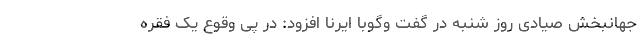
جهانبخش صیادی روز شنبه در گفت وگوبا ایرنا افزود: در پی وقوع یک فقره